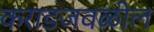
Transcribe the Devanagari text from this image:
कराडजवळील